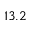
1 3 . 2